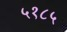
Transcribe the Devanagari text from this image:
५१८५